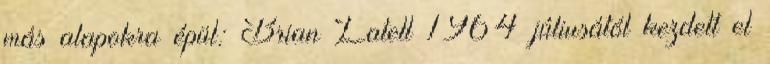
más alapokra épül: Brian Latell 1964 júliusától kezdett el